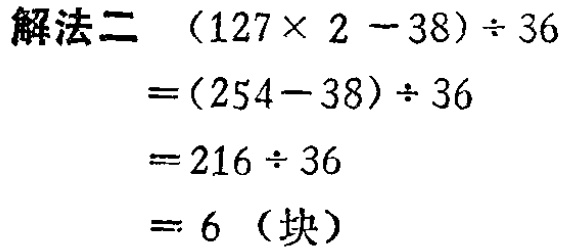
解法二 \((127\times 2 - 38)\div 36\)
\(=(254 - 38)\div 36\)
\(=216\div 36\)
\(= 6\)（块）